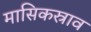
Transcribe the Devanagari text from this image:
मासिकस्राव